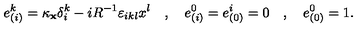
e _ { ( i ) } ^ { k } = \kappa _ { { \bf x } } \delta _ { i } ^ { k } - i R ^ { - 1 } \varepsilon _ { i k l } x ^ { l } \quad , \quad e _ { ( i ) } ^ { 0 } = e _ { ( 0 ) } ^ { i } = 0 \quad , \quad e _ { ( 0 ) } ^ { 0 } = 1 .